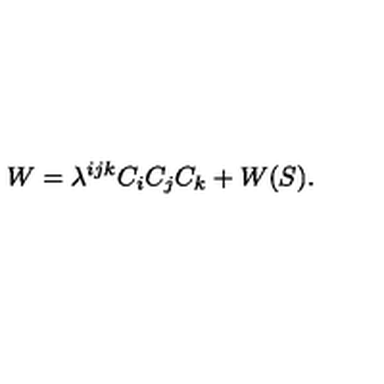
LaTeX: W = \lambda ^ { i j k } C _ { i } C _ { j } C _ { k } + W ( S ) .